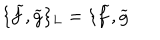
LaTeX: \{ \widetilde { f } , \widetilde { g } \} _ { L } = \{ \widetilde { f } , \widetilde { g }